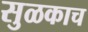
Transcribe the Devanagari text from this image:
सुळकाच